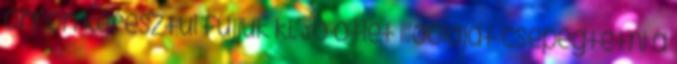
orron keresztül fújjuk ki. Jó ötlet illóolajat csepegtetni a